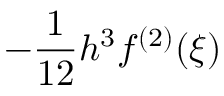
- { \frac { 1 } { 1 2 } } h ^ { 3 } f ^ { ( 2 ) } ( \xi )